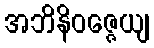
အဘိနိဝဇ္ဇေယျ